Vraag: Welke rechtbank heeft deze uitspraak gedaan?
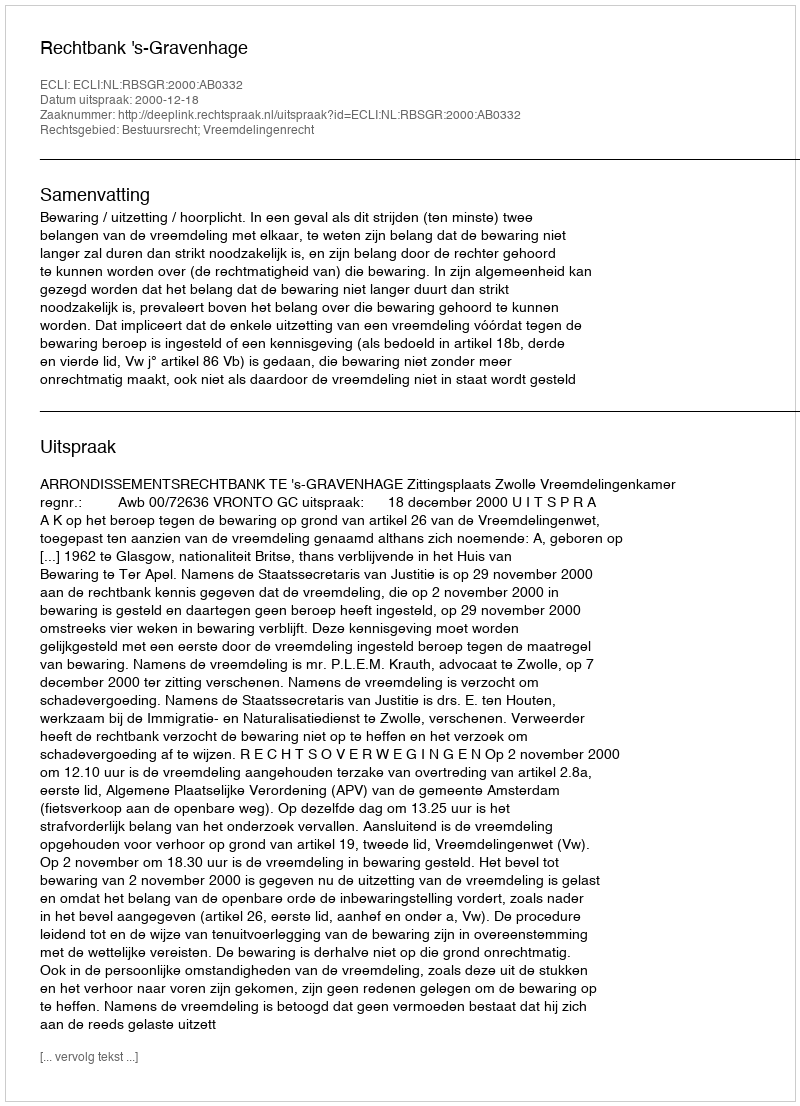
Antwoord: Rechtbank 's-Gravenhage